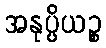
အနုပ္ပိယဉ္စ